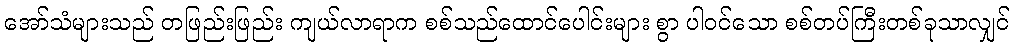
အော်သံများသည် တဖြည်းဖြည်း ကျယ်လာရာက စစ်သည်ထောင်ပေါင်းများ စွာ ပါဝင်သော စစ်တပ်ကြီးတစ်ခုသာလျှင်